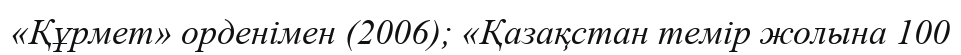
«Құрмет» орденімен (2006); «Қазақстан темір жолына 100